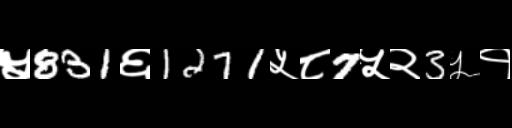
Text: ५831६1271५८7५२3५१